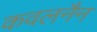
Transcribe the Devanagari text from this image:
कवलनैन